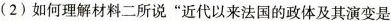
(2)如何理解材料二所说”近代以来法国的政体及其演变是